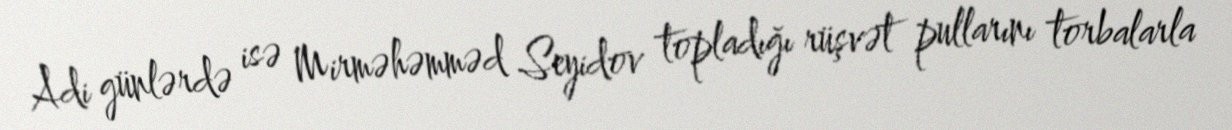
Adi günlərdə isə Mirməhəmməd Seyidov topladığı rüşvət pullarını torbalarla